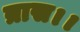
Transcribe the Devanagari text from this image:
त्रास।।